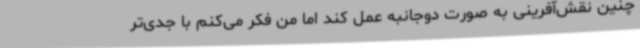
چنین نقش‌آفرینی به صورت دوجانبه عمل کند اما من فکر می‌کنم با جدی‌تر